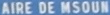
AIRE DE MSOUN